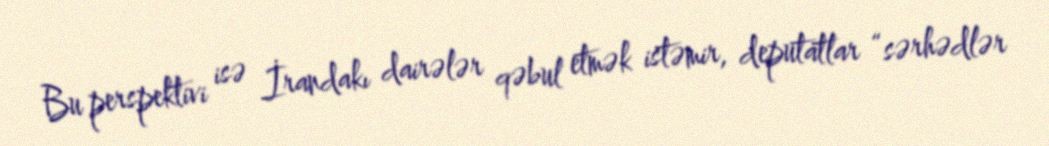
Bu perspektivi isə İrandakı dairələr qəbul etmək istəmir, deputatlar “sərhədlər